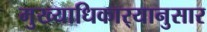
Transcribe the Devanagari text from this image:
मुख्याधिकार्‍यानुसार